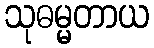
သုဓမ္မတာယ